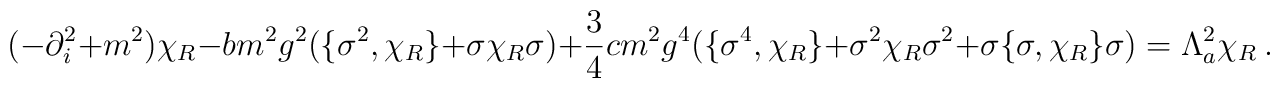
(-\partial_i^2+m^2)\chi_R-bm^2g^2(\{\sigma^2,\chi_R\}+\sigma\chi_R\sigma)+\frac 34cm^2g^4(\{\sigma^4,\chi_R\}+\sigma^2\chi_R\sigma^2+\sigma\{\sigma,\chi_R\}\sigma)=\Lambda_{a}^2\chi_R\ .